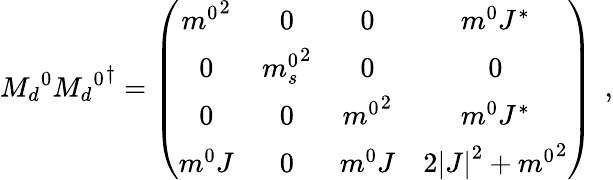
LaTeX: {M_{d}}^{0}{{M_{d}}^{0}}^{\dagger}=\left(\begin{array}{cccc}{{{m^{0}}^{2}}}&{{0}}&{{0}}&{{m^{0}J^{\ast}}}\\ {{0}}&{{{m_{s}^{0}}^{2}}}&{{0}}&{{0}}\\ {{0}}&{{0}}&{{{m^{0}}^{2}}}&{{m^{0}J^{\ast}}}\\ {{m^{0}J}}&{{0}}&{{m^{0}J}}&{{2\left|J\right|^{2}+{m^{0}}^{2}}}\end{array}\right)\: \: ,